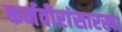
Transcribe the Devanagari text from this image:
कर्मवीरांसारखा